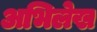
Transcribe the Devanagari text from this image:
अभिलेख